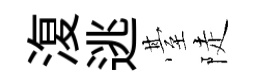
𣸪逃䑓陡